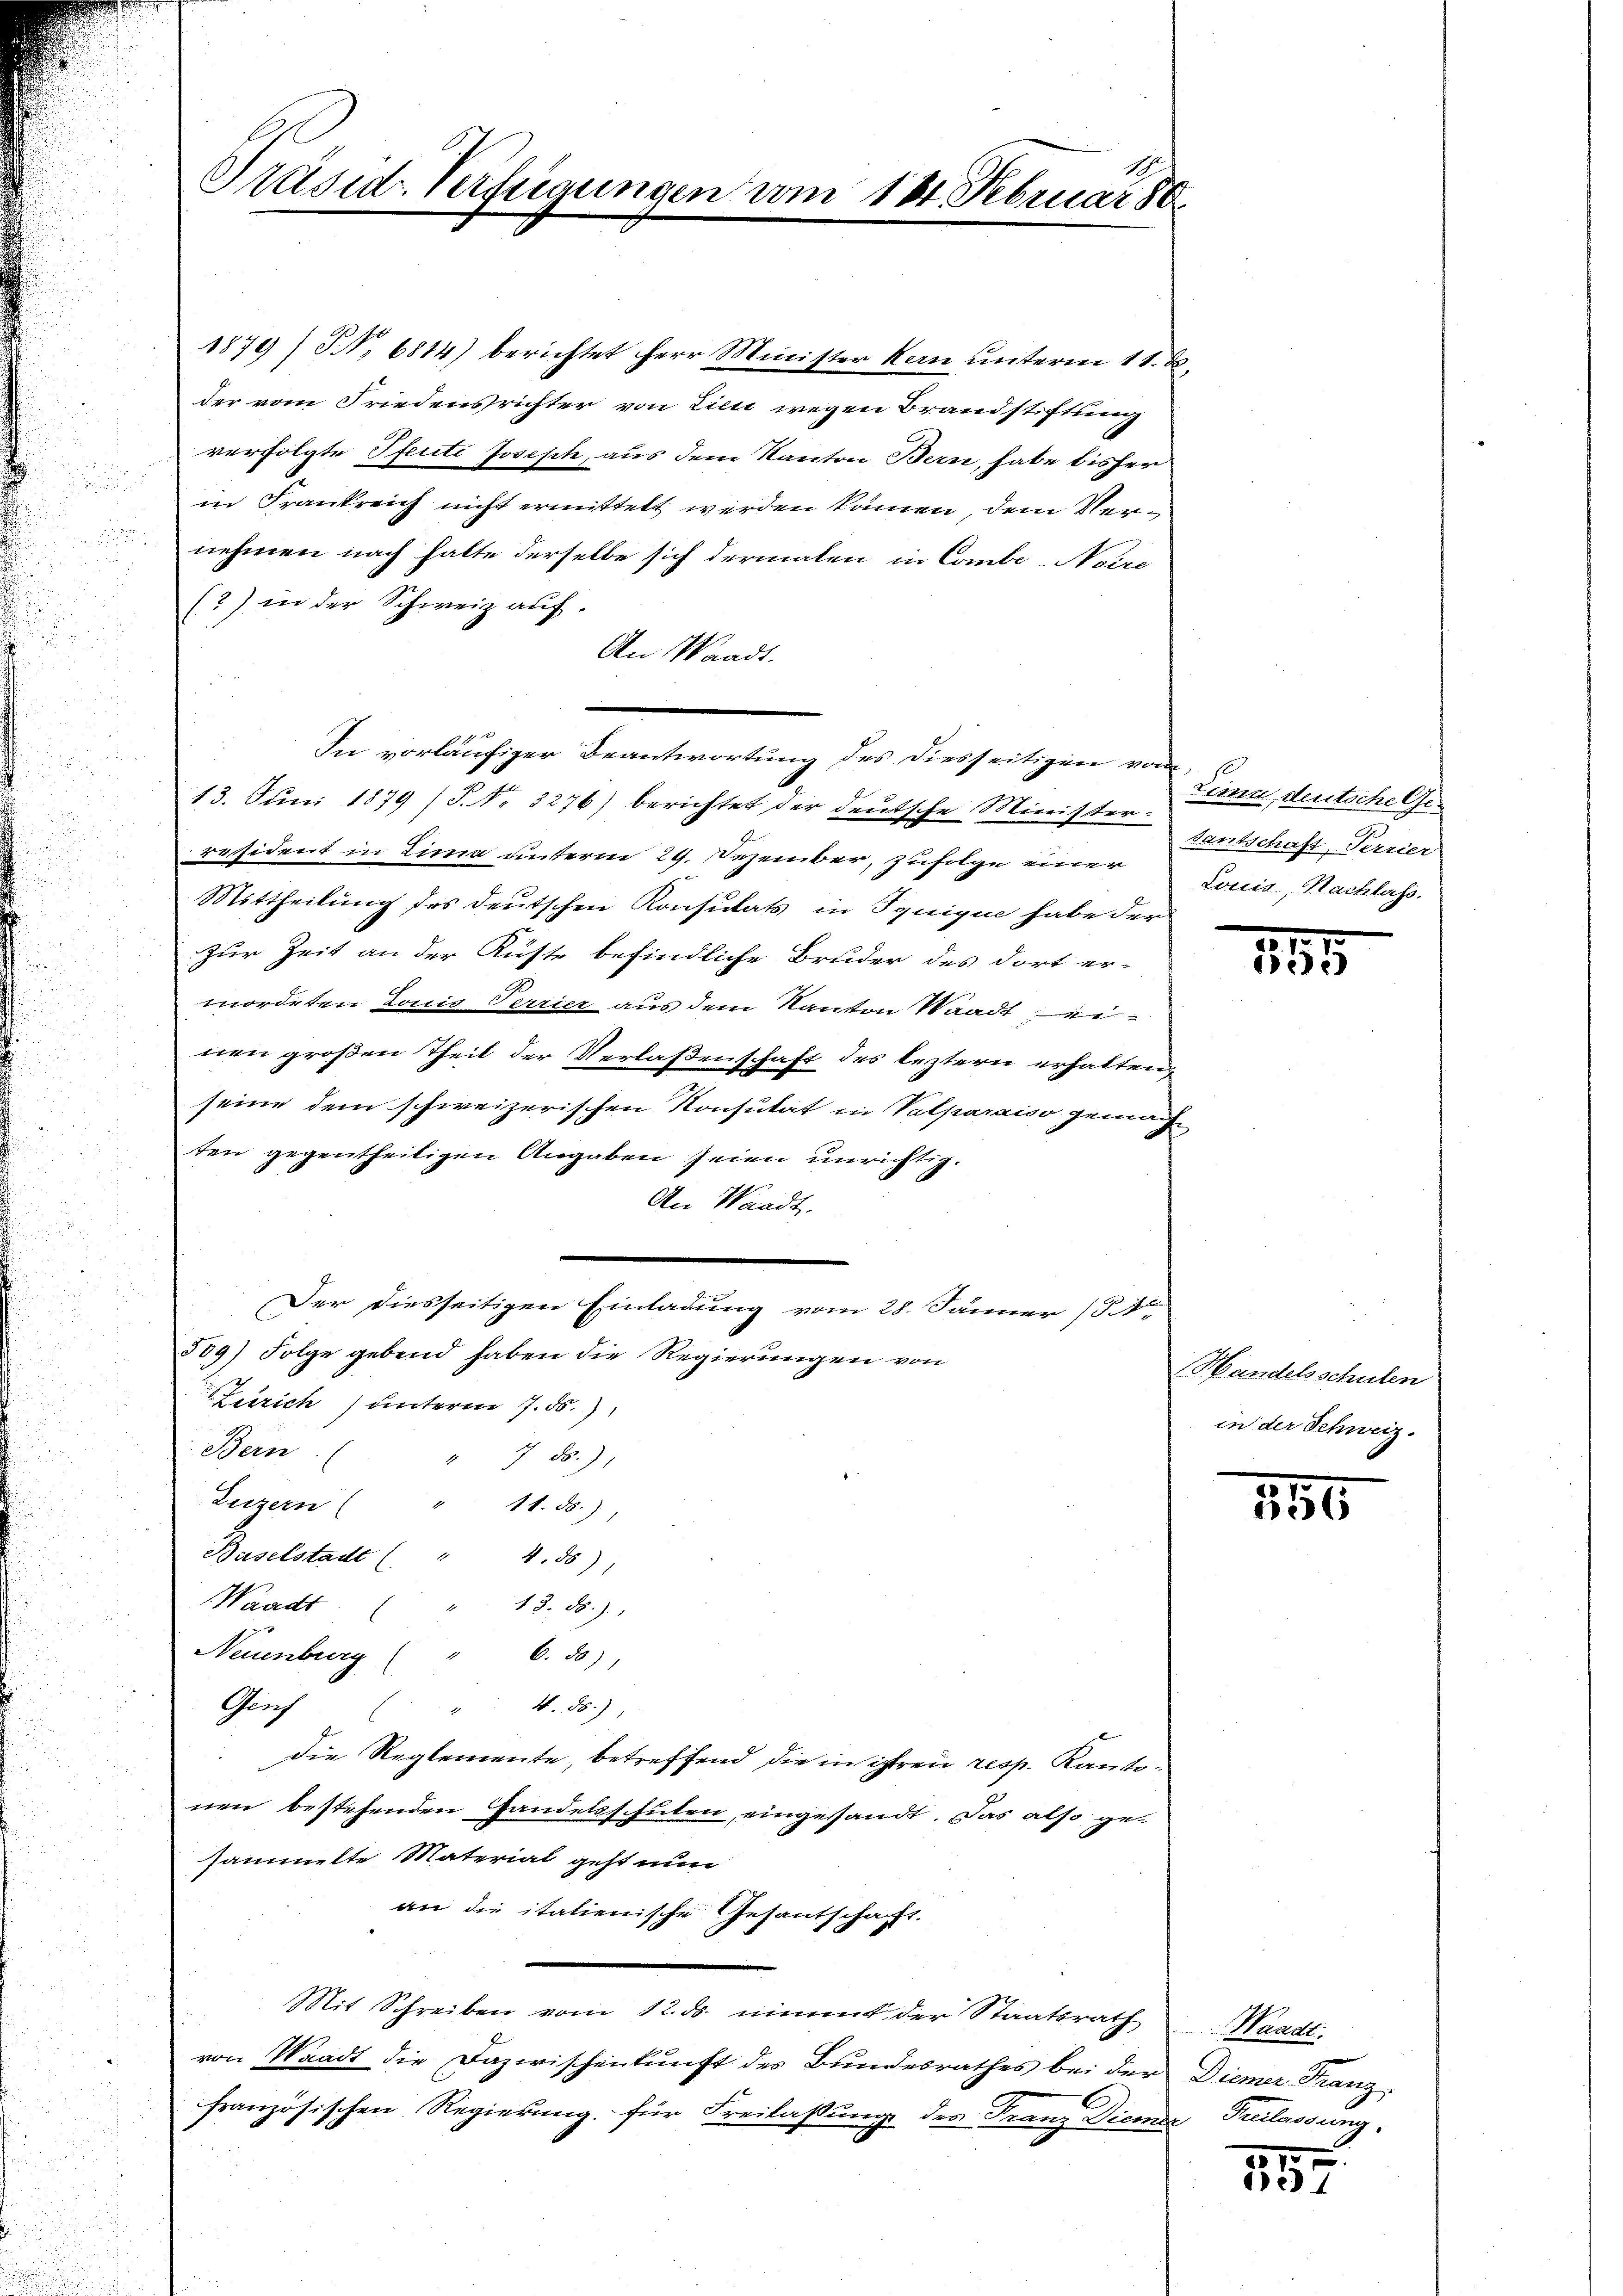
d

Präsid-Verfügungen vom 184. Februar 18

1879) NNo. 6814) berichtet Herr Minister Kern unterm 11. A.
der vom Friedensrichter von Linie wegen Brandstiftung
verfolgte Pfecti Joseph, aus dem Kanton Bern, habe bisher
in Frankreich nicht ermittelt werden kämen, dem Vernehmen nach halte derselbe sich dermalen in Combi-Noire
(?) in der Schweiz auf.
An Waadt.
13. Juni 1879 (P. Nr. 3276) berichtet der deutsche Ministerräsident in Lima unterm 29. Dezember, Zufolge einer
Mittheilung des deutschen Konsulats in Squique habe der
Zur Zeit an der Küste befindliche Bruder des dort er-
mordeten Louis Terrier aus dem Kanton Waadt einen großen Theil der Verlaßenschaft des leztern erhalten
seine dem schweizerischen Konsutat in Valparaiso gemach
ten gegentheiligen Angaben seien unrichtig.
An Waadt.
e
Der diesseitigen Einladung vom 28. Jänner (Ar
389) Folge gebend haben die Regierungen von
Lesrich) unterm 7. ds.
Bern
 755.)
Luzern
11. 85.)
Baselstadt ( " 4.55)
Waadt
13. 86.)
Neuenburg
6.50)
Groch
4.ds.)
die Reglemente, betreffend die in ihren resp. Kantonen bestehenden Handelsschulen, eingesandt. Das also ge-
sammelte Material geht nun
an die italienische Gesantschaft.
Mit Schreiben vom 12. ds. nimmt der Staatsrath
von Waadt die Dazwischenkunft des Bundesrathes bei der Diemer Franz-
französischen Regierung für Freilassung des Franz Diemer Freilassung,

In vorläufiger Beantwortung des diesseitigen vom

Leine, deutsche Gedantschaft, Terrier
Louis, Nachlass.

17
1553

Handelsschulen
in der Schweiz.

150

Waadt.

17 x
35.